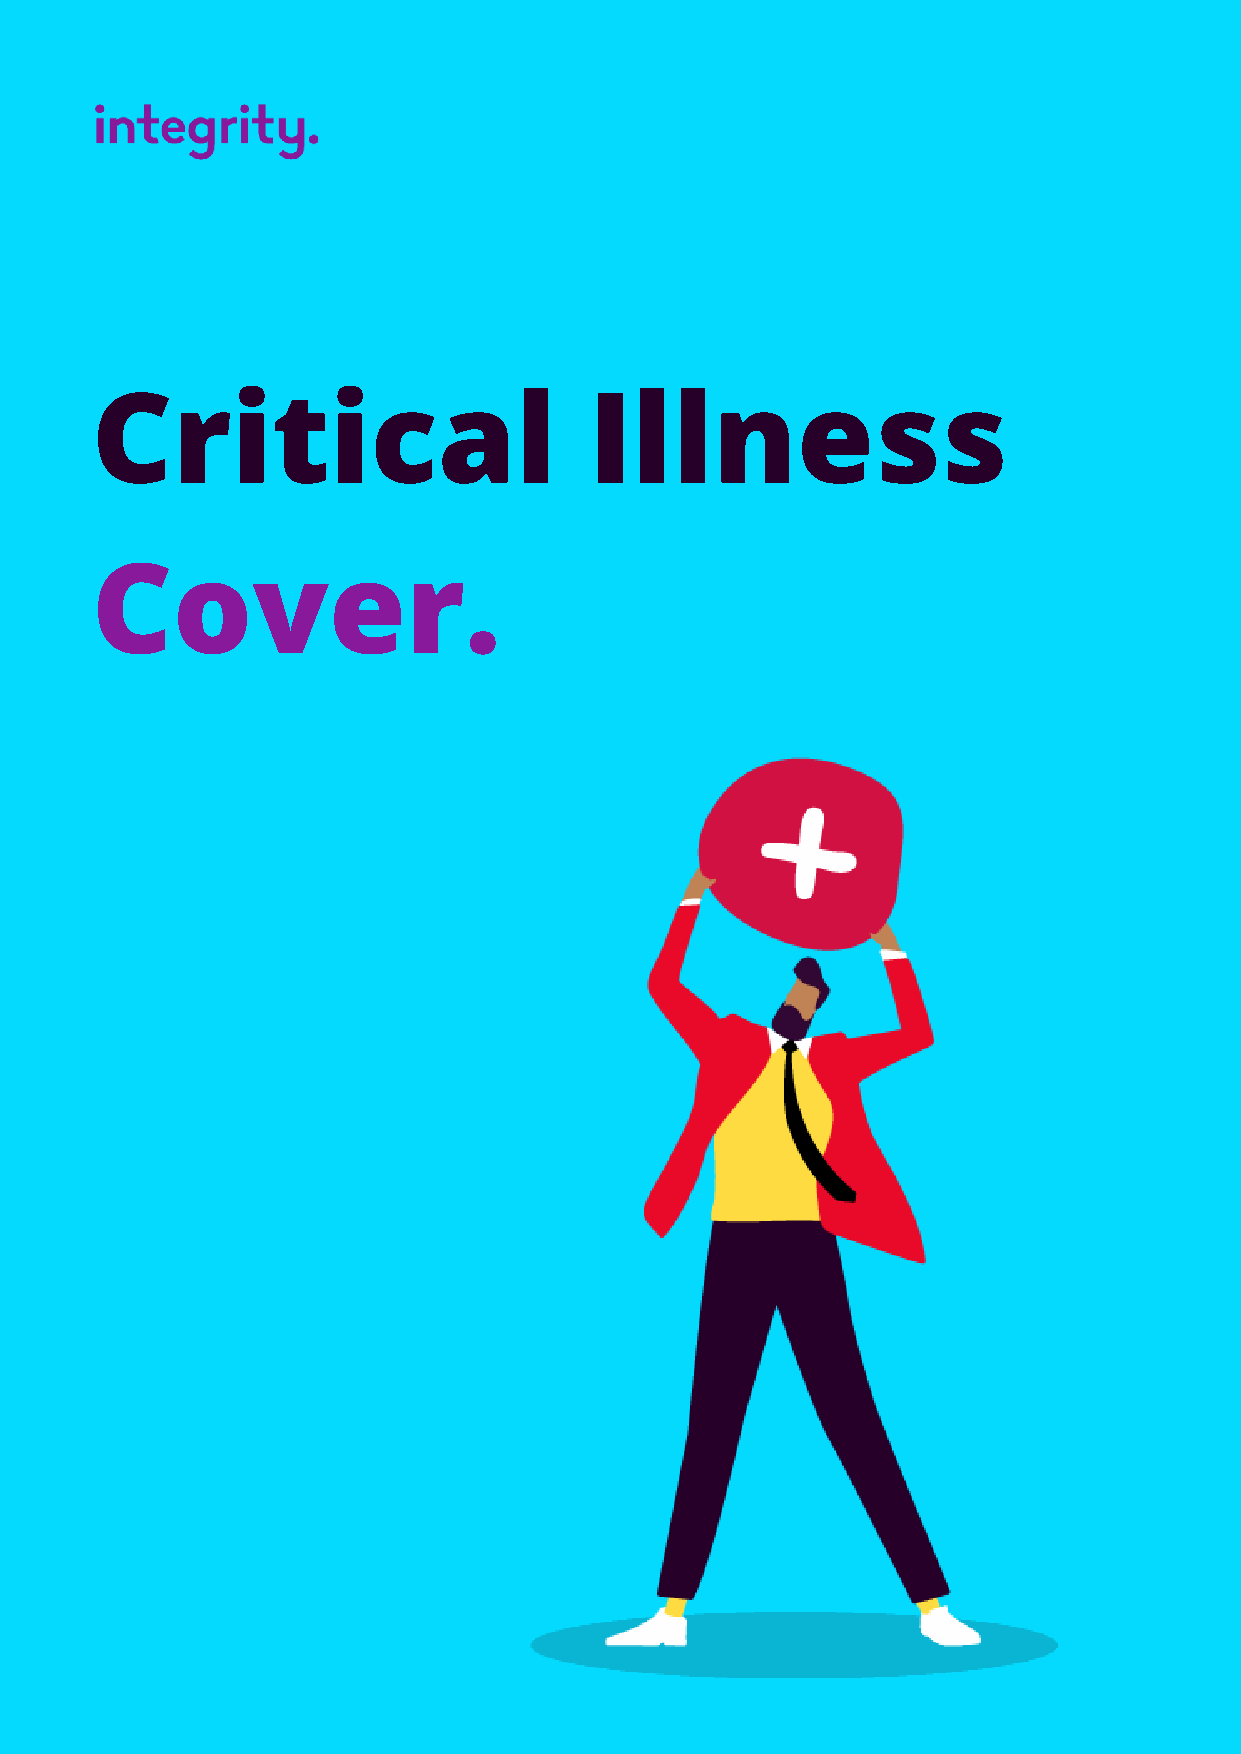
Critical                         Illness
 Cover.